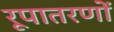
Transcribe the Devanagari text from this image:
रूपातरणों